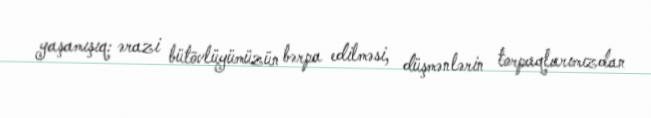
yaşamışıq: ərazi bütövlüyümüzün bərpa edilməsi, düşmənlərin torpaqlarımızdan